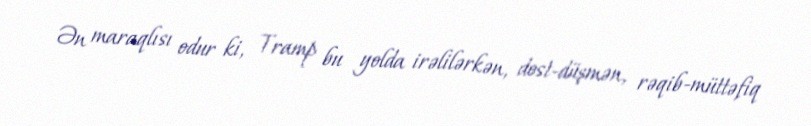
Ən maraqlısı odur ki, Tramp bu yolda irəlilərkən, dost-düşmən, rəqib-müttəfiq